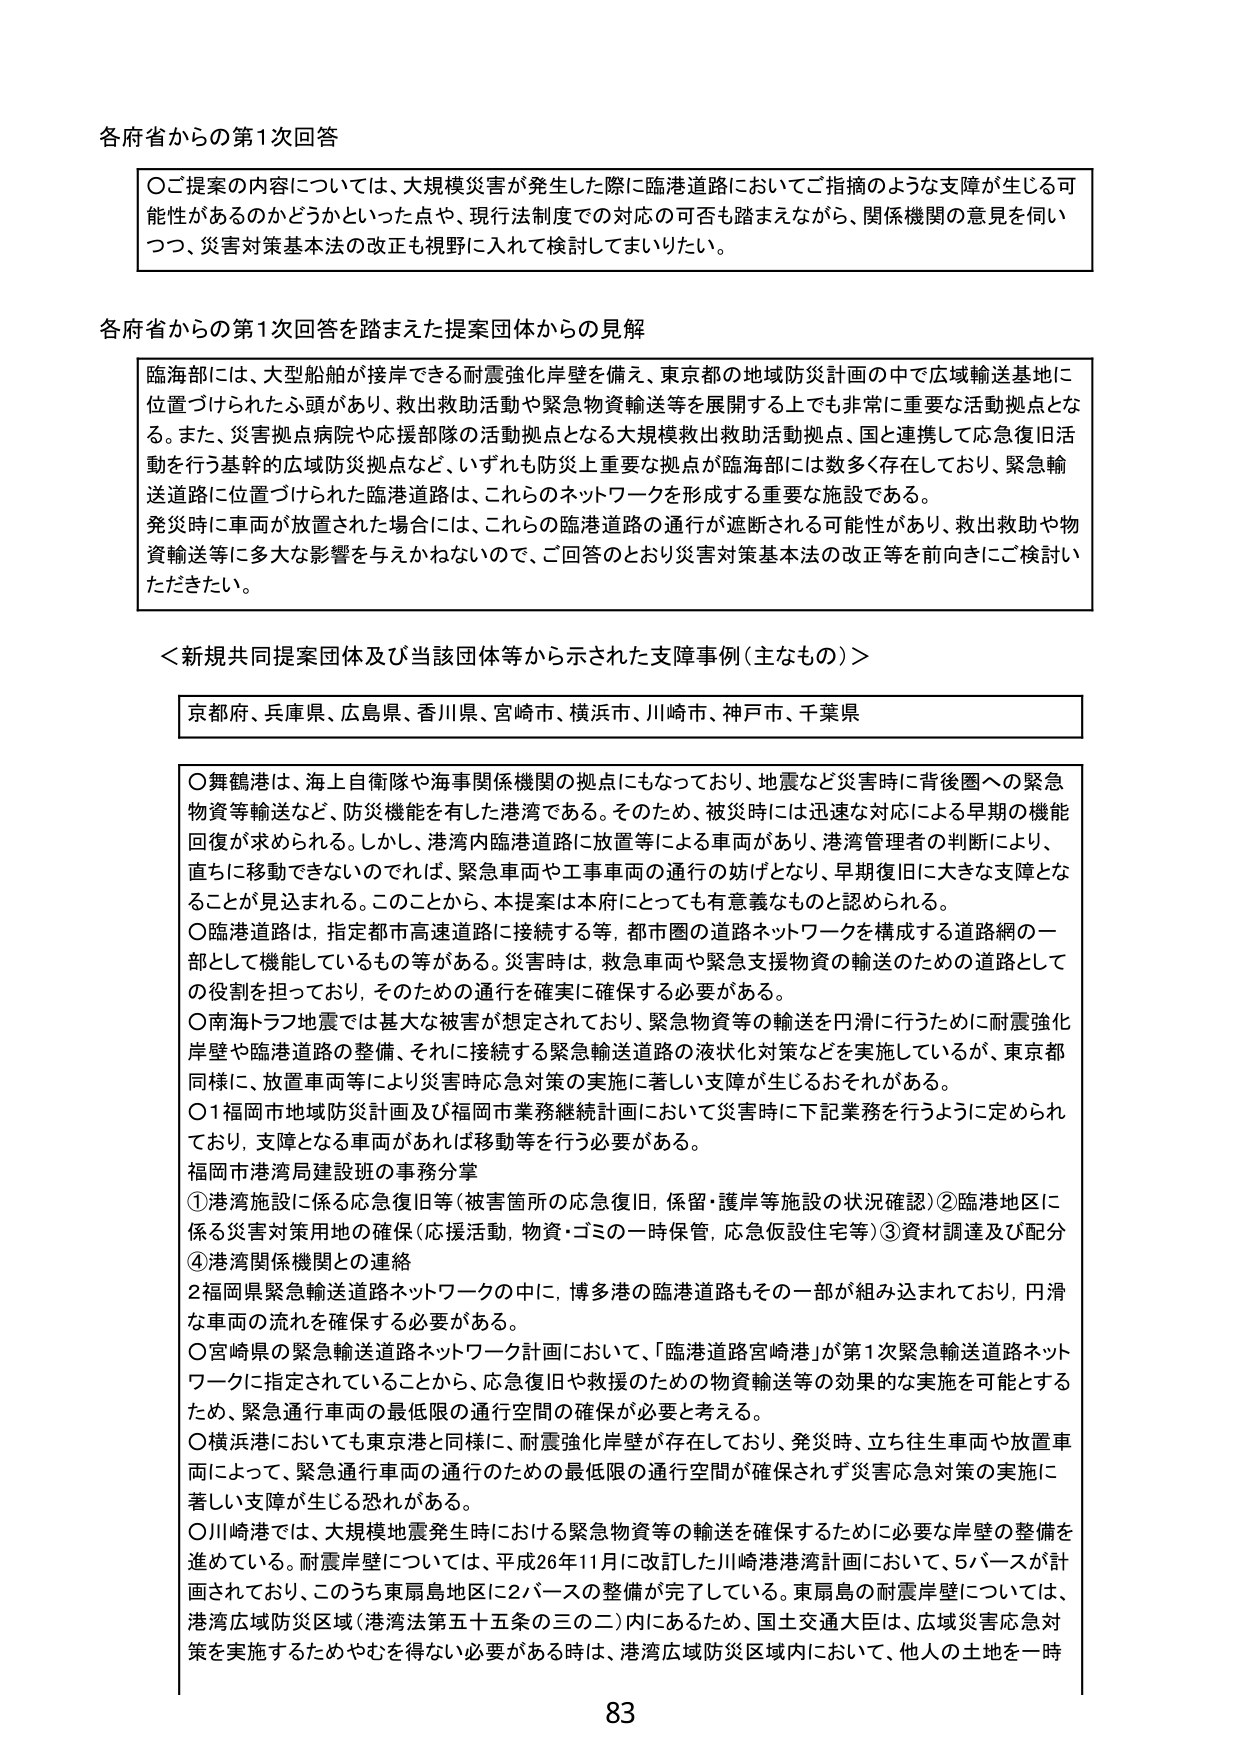
各府省からの第1次回答

〇ご提案の内容については、大規模災害が発生した際に臨港道路においてご指摘のような支障が生じる可能性があるのかどうかといった点や、現行法制度での対応の可否も踏まえながら、関係機関の意見を伺いつつ、災害対策基本法の改正も視野に入れて検討してまいりたい。

各府省からの第1次回答を踏まえた提案団体からの見解

臨海部には、大型船舶が接岸できる耐震強化岸壁を備え、東京都の地域防災計画の中で広域輸送基地に位置づけられたふ頭があり、救出救助活動や緊急物資輸送等を展開する上でも非常に重要な活動拠点となる。また、災害拠点病院や応援部隊の活動拠点となる大規模救出救助活動拠点、国と連携して応急復旧活動を行う基幹的広域防災拠点など、いずれも防災上重要な拠点が臨海部には数多く存在しており、緊急輸送道路に位置づけられた臨港道路は、これらのネットワークを形成する重要な施設である。
発災時に車両が放置された場合には、これらの臨港道路の通行が遮断される可能性があり、救出救助や物資輸送等に多大な影響を与えかねないので、ご回答のとおり災害対策基本法の改正等を前向きにご検討いただきたい。

＜新規共同提案団体及び当該団体等から示された支障事例（主なもの）＞

京都府、兵庫県、広島県、香川県、宮崎市、横浜市、川崎市、神戸市、千葉県

〇舞鶴港は、海上自衛隊や海事関係機関の拠点にもなっており、地震など災害時に背後圏への緊急物資等輸送など、防災機能を有した港湾である。そのため、被災時には迅速な対応による早期の機能回復が求められる。しかし、港湾内臨港道路に放置等による車両があり、港湾管理者の判断により、直ちに移動できないのであれば、緊急車両や工事車両の通行の妨げとなり、早期復旧に大きな支障となることが見込まれる。このことから、本提案は本府にとっても有意義なものと認められる。
〇臨港道路は、指定都市高速道路に接続する等、都市圏の道路ネットワークを構成する道路網の一部として機能しているもの等がある。災害時は、救急車両や緊急支援物資の輸送のための道路としての役割を担っており、そのための通行を確実に確保する必要がある。
〇南海トラフ地震では甚大な被害が想定されており、緊急物資等の輸送を円滑に行うために耐震強化岸壁や臨港道路の整備、それに接続する緊急輸送道路の液状化対策などを実施しているが、東京都同様に、放置車両等により災害時応急対策の実施に著しい支障が生じるおそれがある。
〇1福岡市地域防災計画及び福岡市業務継続計画において災害時に下記業務を行うように定められており、支障となる車両があれば移動等を行う必要がある。
福岡市港湾局建設班の事務分掌
①港湾施設に係る応急復旧等（被害箇所の応急復旧、係留・護岸等施設の状況確認）②臨港地区に係る災害対策用地の確保（応援活動、物資・ゴミの一時保管、応急仮設住宅等）③資材調達及び配分④港湾関係機関との連絡
2福岡県緊急輸送道路ネットワークの中に、博多港の臨港道路もその一部が組み込まれており、円滑な車両の流れを確保する必要がある。
〇宮崎県の緊急輸送道路ネットワーク計画において、「臨港道路宮崎港」が第1次緊急輸送道路ネットワークに指定されていることから、応急復旧や救援のための物資輸送等の効果的な実施を可能とするため、緊急通行車両の最低限の通行空間の確保が必要と考える。
〇横浜港においても東京港と同様に、耐震強化岸壁が存在しており、発災時、立ち往生車両や放置車両によって、緊急通行車両の通行のための最低限の通行空間が確保されず災害応急対策の実施に著しい支障が生じる恐れがある。
〇川崎港では、大規模地震発生時ににおける緊急物資等の輸送を確保するために必要な岸壁の整備を進めている。耐震岸壁については、平成26年11月に改訂した川崎港港湾計画において、5バースが計画されており、このうち東扇島地区に2バースの整備が完了している。東扇島の耐震岸壁については、港湾広域防災区域（港湾法第五十五条の三の二）内にあるため、国土交通大臣は、広域災害応急対策を実施するためやむを得ない必要がある時は、港湾広域防災区域内において、他人の土地を一時

83